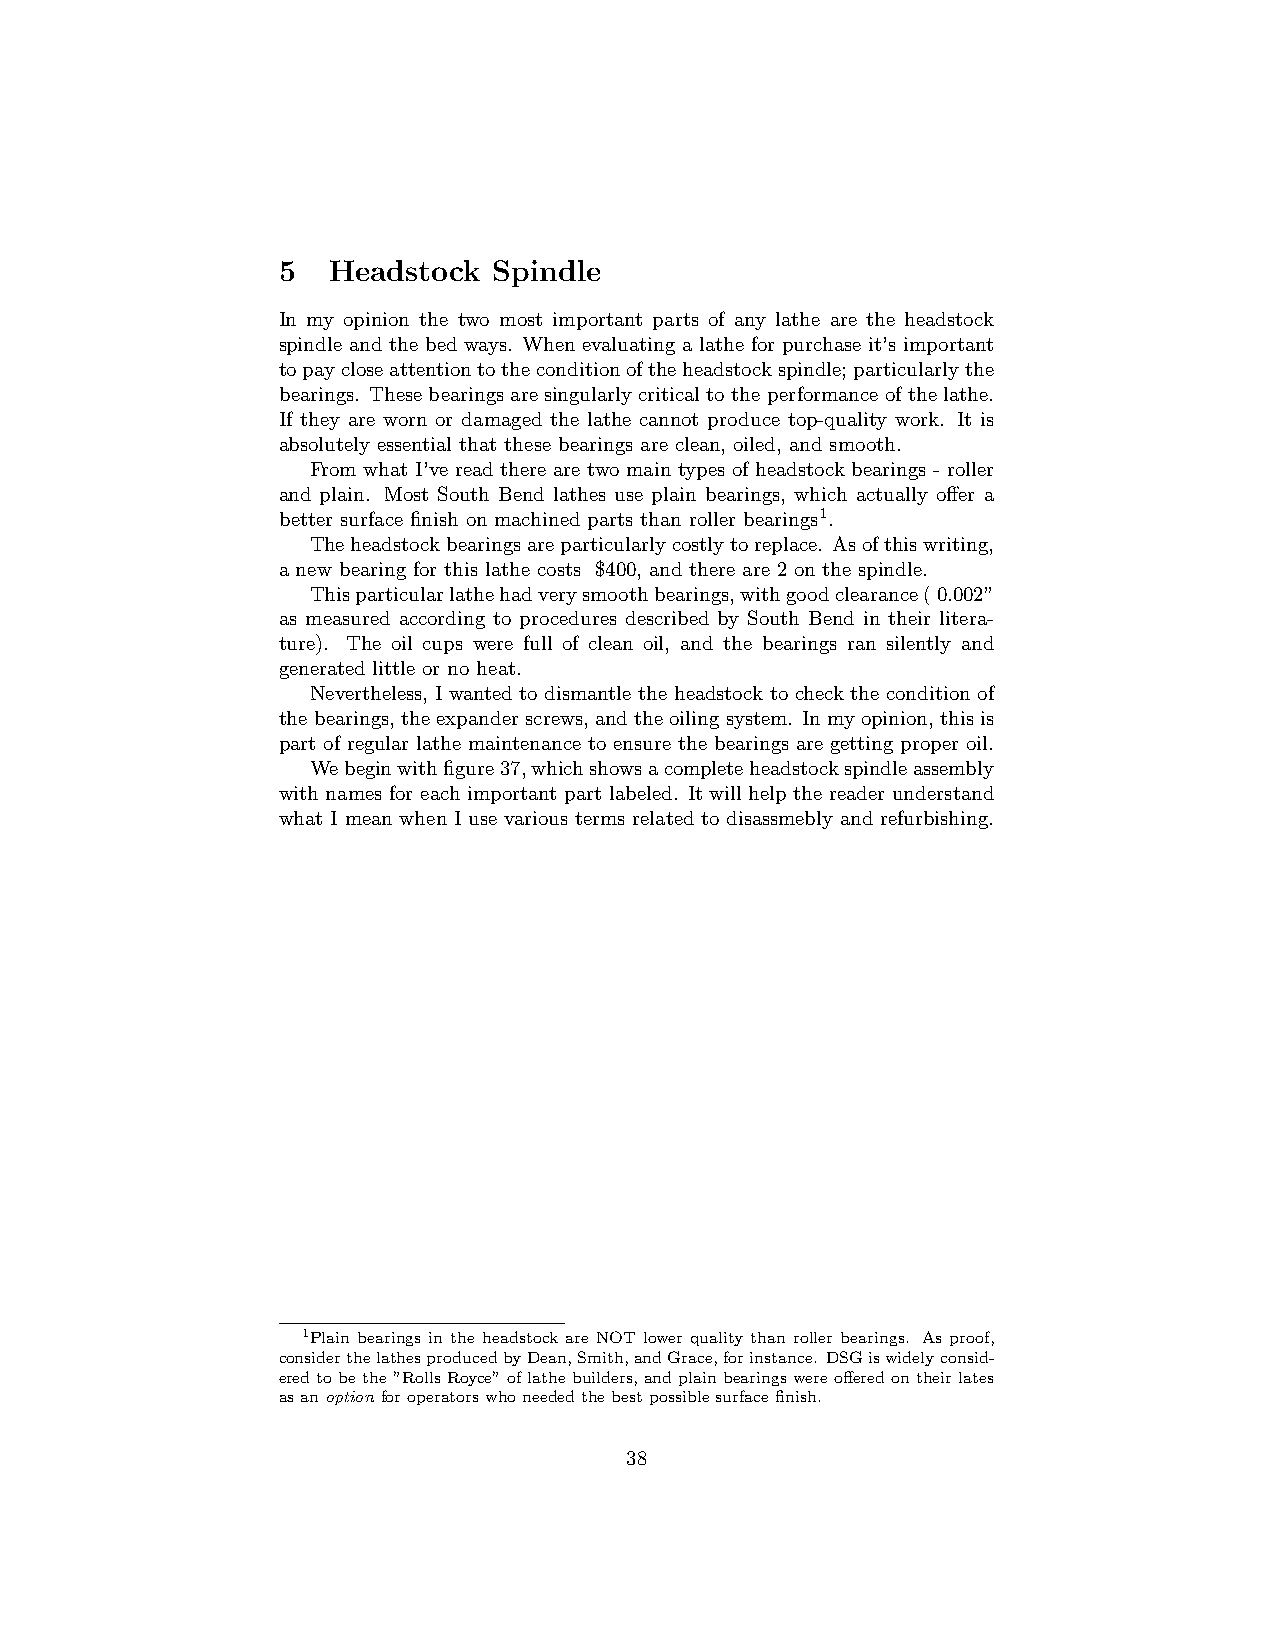
5   Headstock  Spindle
 In my opinion the two most important parts of any lathe are the headstock
 spindle and the bed ways. When evaluating a lathe for purchase it’s important
 topaycloseattentiontotheconditionoftheheadstockspindle;particularlythe
 bearings. These bearings are singularly critical to the performance of the lathe.
 If they are worn or damaged the lathe cannot produce top-quality work. It is
 absolutely essential that these bearings are clean, oiled, and smooth.
 From what I’ve read there are two main types of headstock bearings - roller
 and plain. Most South Bend lathes use plain bearings, which actually offer a
 better surface finish on machined parts than roller bearings1.
 Theheadstockbearingsareparticularlycostlytoreplace. Asofthiswriting,
 a new bearing for this lathe costs $400, and there are 2 on the spindle.
 Thisparticularlathehadverysmoothbearings,withgoodclearance(0.002”
 as measured according to procedures described by South Bend in their litera-
 ture). The oil cups were full of clean oil, and the bearings ran silently and
 generated little or no heat.
 Nevertheless, I wanted to dismantle the headstock to check the condition of
 thebearings, theexpanderscrews, andtheoilingsystem. Inmyopinion, thisis
 part of regular lathe maintenance to ensure the bearings are getting proper oil.
 Webeginwithfigure37,whichshowsacompleteheadstockspindleassembly
 with names for each important part labeled. It will help the reader understand
 what I mean when I use various terms related to disassmebly and refurbishing.
 1Plain bearings in the headstock are NOT lower quality than roller bearings. As proof,
 considerthelathesproducedbyDean,Smith,andGrace,forinstance. DSGiswidelyconsid-
 eredtobethe”RollsRoyce”oflathebuilders,andplainbearingswereofferedontheirlates
 asanoption foroperatorswhoneededthebestpossiblesurfacefinish.
 38